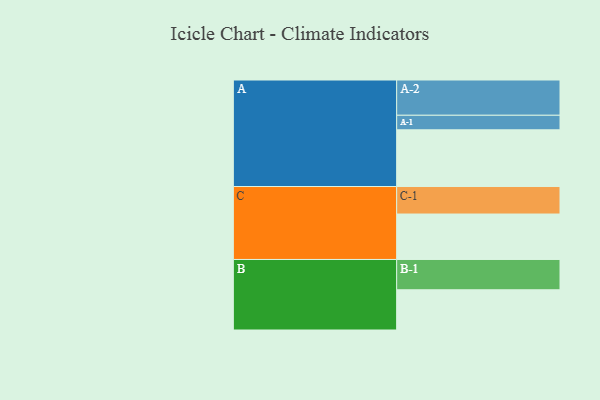
{"axis": {"x": "Segment", "y": "Value"}, "legend": ["", "A", "B", "C"], "data": [{"x": "A", "y": 468, "type": ""}, {"x": "B", "y": 332, "type": ""}, {"x": "C", "y": 375, "type": ""}, {"x": "A-1", "y": 120, "type": "A"}, {"x": "A-2", "y": 291, "type": "A"}, {"x": "B-1", "y": 250, "type": "B"}, {"x": "C-1", "y": 227, "type": "C"}]}